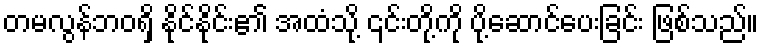
တမလွန်ဘဝရှိ နိုင်နိုင်း၏ အထံသို့ ၎င်းတို့ကို ပို့ဆောင်ပေးခြင်း ဖြစ်သည်။